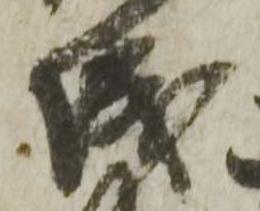
成